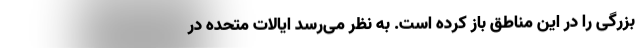
بزرگی را در این مناطق باز کرده است. به نظر می‌رسد ایالات متحده در